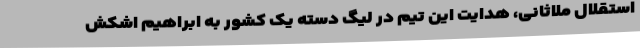
استقلال ملاثانی، هدایت این تیم در لیگ دسته یک کشور به ابراهیم اشکش